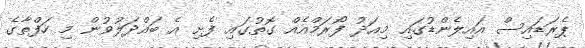
ޕެރަޑައިސް އައިލެންޑުގައި މިއަދު ފޯރަމްއެއް ގޮތުގައި ފެށި އެ ބައްދަލުވުން މި ހަފްތާގެ